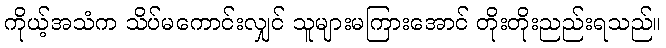
ကိုယ့်အသံက သိပ်မကောင်းလျှင် သူများမကြားအောင် တိုးတိုးညည်းရသည်။